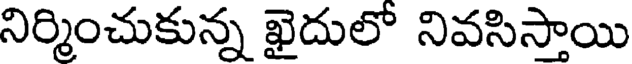
నిర్మించుకున్న ఖైదులో నివసిస్తాయి